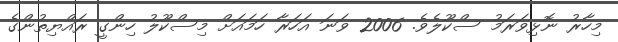
މިހާރު ނޮޅިވަރަމު ސްކޫލެވެ. 2006 ވަނަ އަހަރާ ހަމައަށް މިސްކޫލު ހިންގީ ރައްޔިތުންގެ